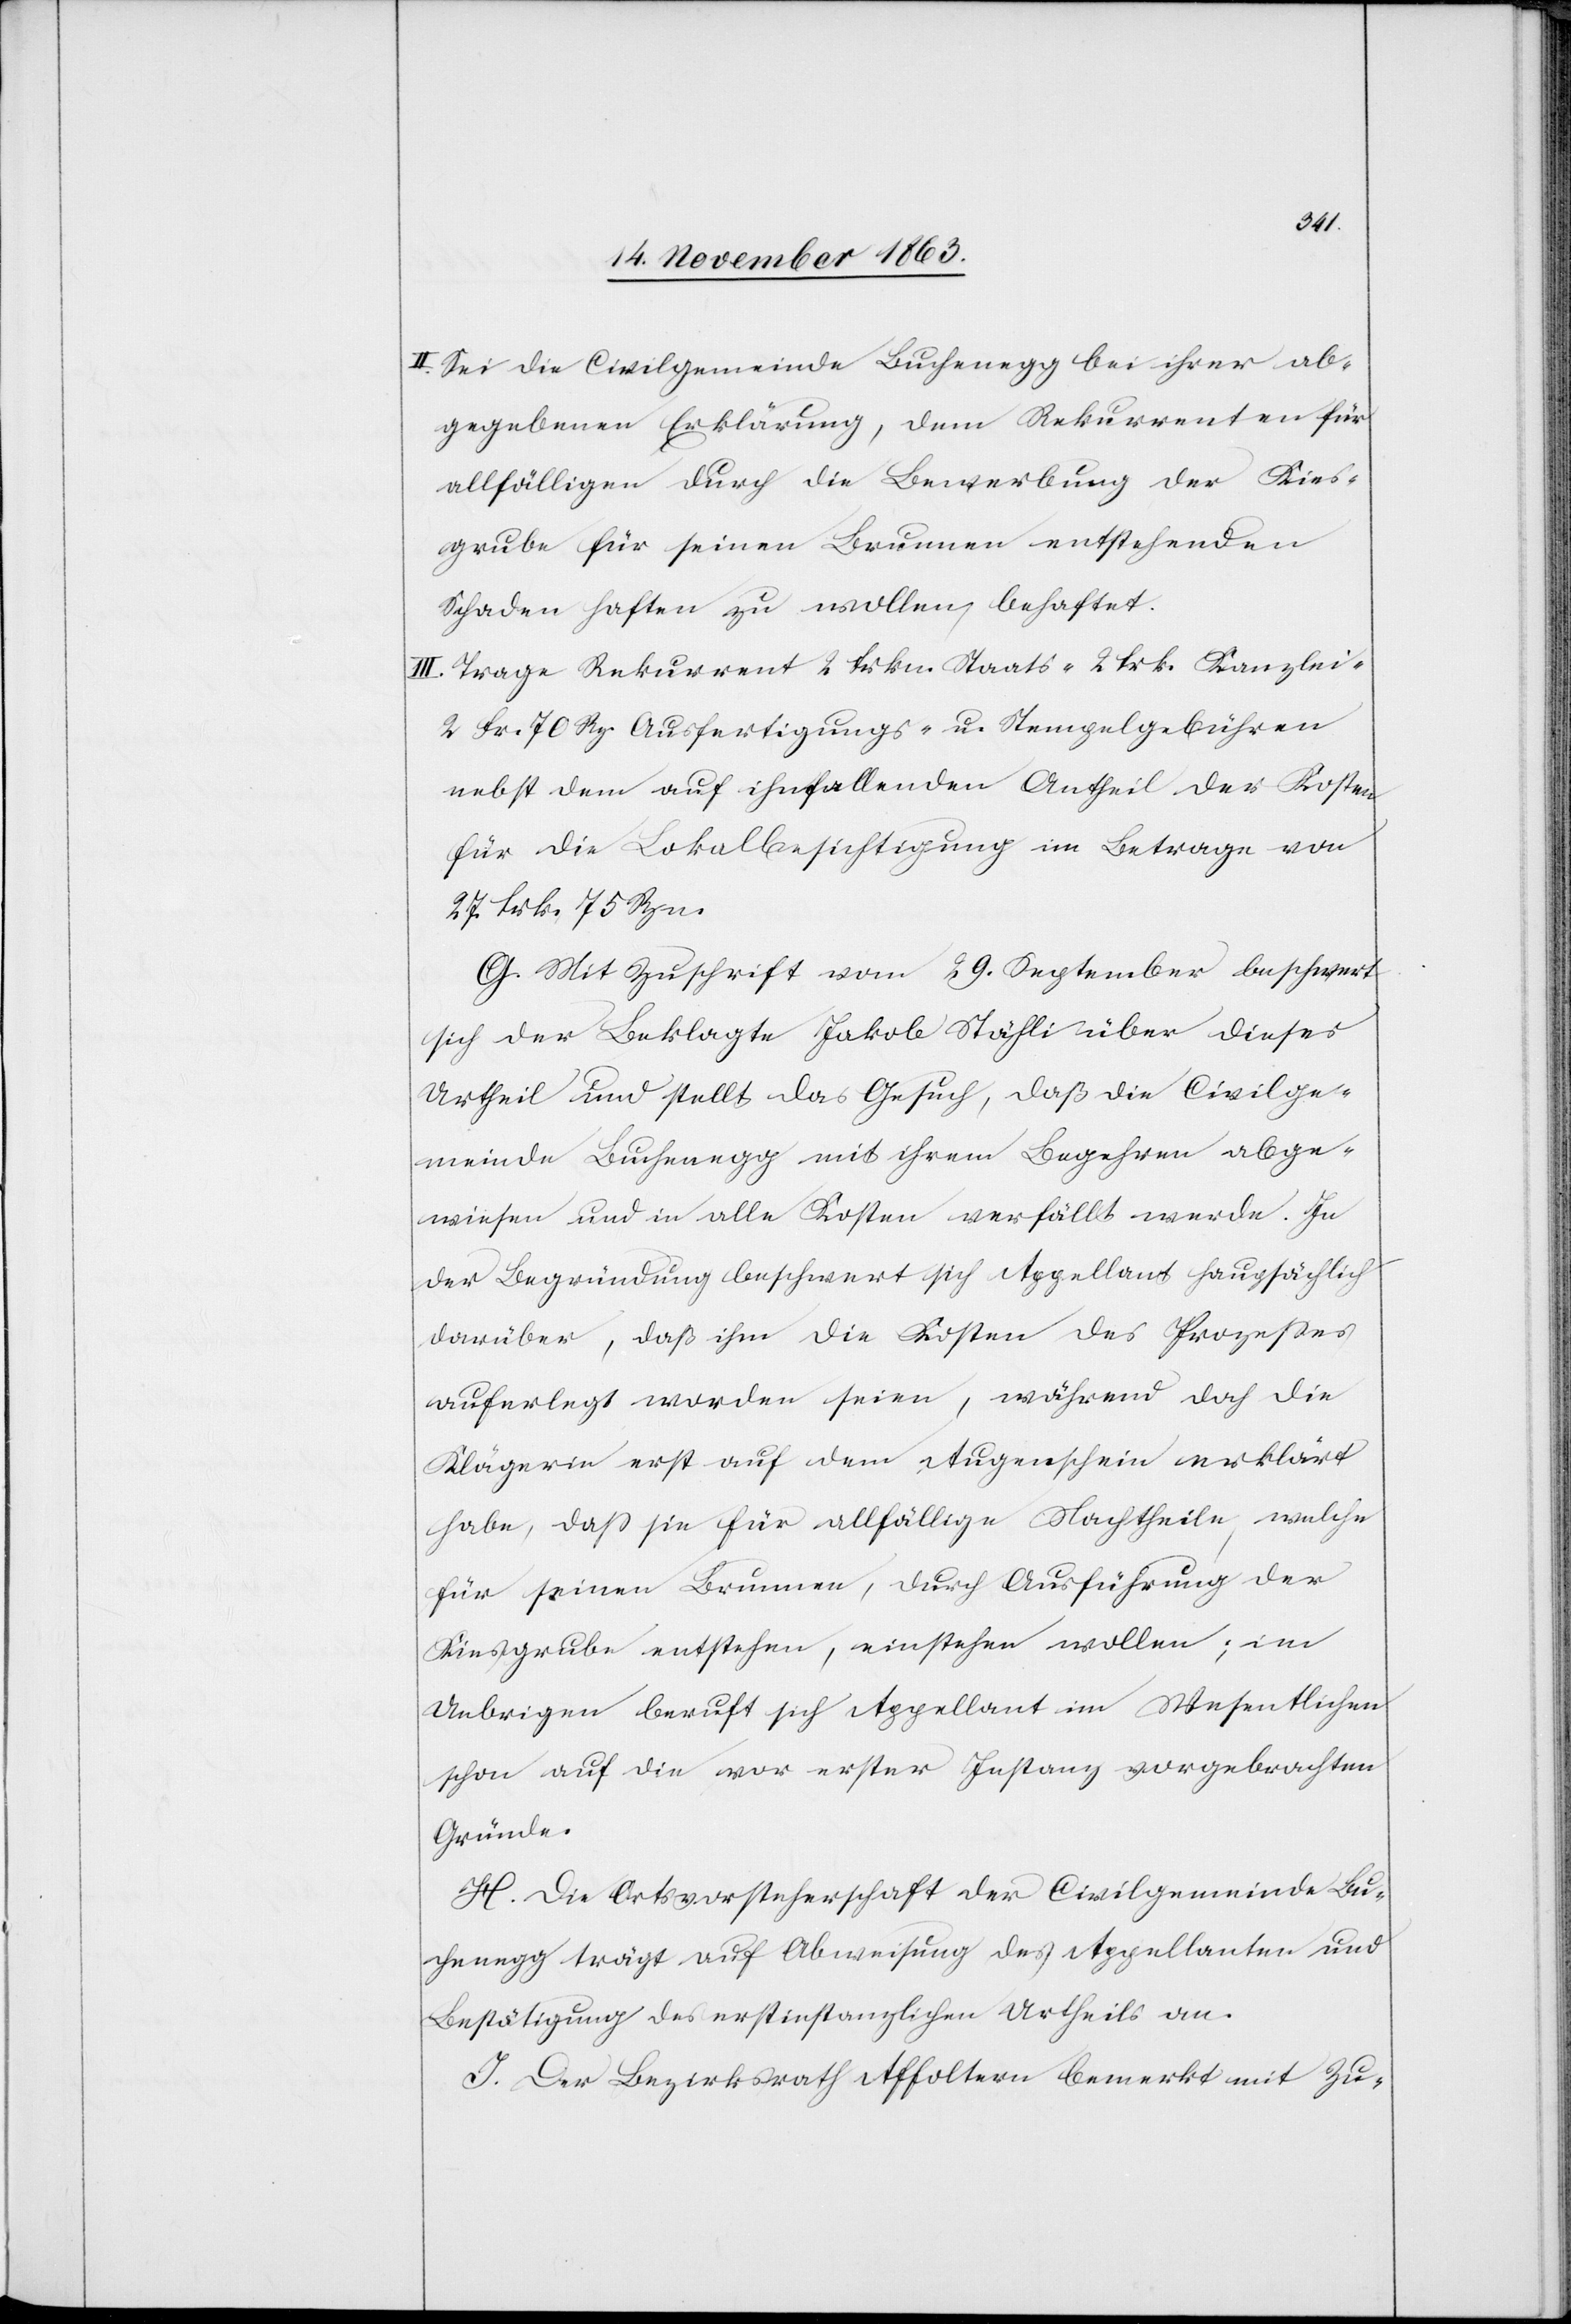
II. Sei die Civilgemeinde Buchenegg bei ihrer ab¬
gegebenen Erklärung, dem Rekurrenten für
allfälligen durch die Bewerbung der Kies¬
grube für seinen Brunnen entstehenden
Schaden haften zu wollen, behaftet.
III. Trage Rekurrent 2 frkn. Staats-[,] 2 frk. Kanzlei-[,]
2 Fr. 70 Rp. Ausfertigungs- u. Stempelgebühren
nebst dem auf ihn fallenden Antheil der Kosten
für die Lokalbesichtigung im Betrage von
27 frk. 75 Rpn.
G. Mit Zuschrift vom 29. September beschwert
sich der Beklagte Jakob Stähli über dieses
Urtheil und stellt das Gesuch, daß die Civilge¬
meinde Buchenegg mit ihrem Begehren abge¬
wiesen und in alle Kosten verfällt werde. In
der Begründung beschwert sich Appellant haup[t]sächlich
darüber, daß ihm die Kosten des Prozesses
auferlegt worden seien, während doch die
Klägerin erst auf dem Augenschein erklärt
habe, dass sie für allfällige Nachtheile, welche
für seinen Brunnen, durch Ausführung der
Kiesgrube entstehen, einstehen wollen; im
Uebrigen beruft sich Appellant im Wesentlichen
schon auf die vor erster Instanz vorgebrachten
Gründe.
H. Die Ortsvorsteherschaft der Civilgemeinde Bu¬
chenegg trägt auf Abweisung des Appellanten und
Bestätigung des erstinstanzlichen Urtheils an.
I. Der Bezirksrath Affoltern bemerkt mit Zu-